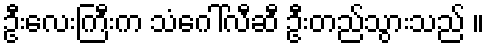
ဦးလေးကြီးက သံဂေါ်လီဆီ ဦးတည်သွားသည် ။